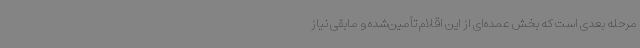
مرحله بعدی است که بخش عمده‌ای از این اقلام تأمین‌شده و مابقی نیاز